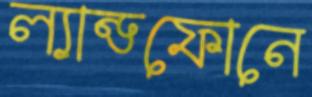
ল্যান্ডফোনে